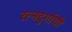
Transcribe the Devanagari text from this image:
रत्‍नदुर्गाची